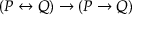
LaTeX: ( P \leftrightarrow Q ) \to ( P \to Q )